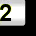
Digit: 2